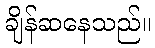
ချိန်ဆနေသည်။